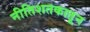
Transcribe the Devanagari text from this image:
नीतिशतकातून